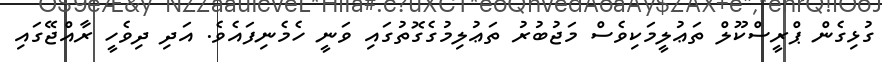
ގުޅިގެން ޕްރީސްކޫލް ތަޢުލީމަކިވެސް މަޖުބުރު ތަޢުލިމުގެގޮތުގައި ވަނީ ހެމެނިފައެވެ. އަދި ދިވެހީ ރާއްޖޭގައި